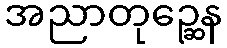
အညာတုဉ္ဆေန